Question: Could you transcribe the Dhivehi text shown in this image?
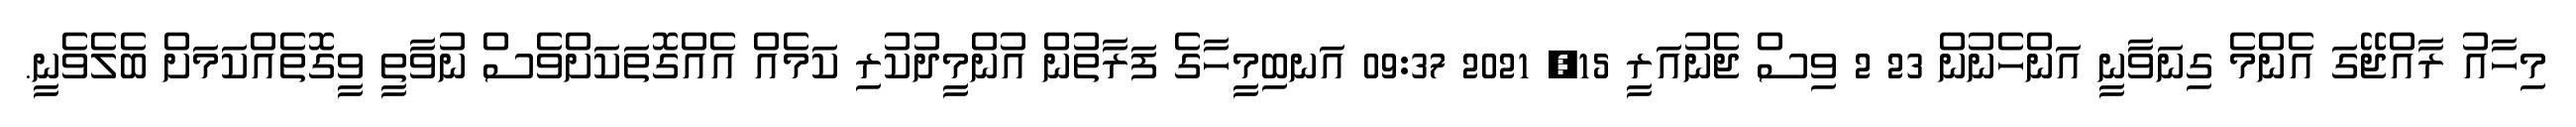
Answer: މިހާއު ރާއްޖޭގަ އެންމެ ގިނަވާނީ އަންހެނުން 23 2 ވިސް ޖެނުއަރީ 15, 2021 09:37 އަނބިމީހާގެ ފަރާތުން އުންމީދުކުރި ކަމެއް އެއްގޮތަކަށްވެސް ނުވާތީ ވީގޮތެއްކަމަށް ބެލެވެނީ.